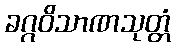
ခဂ္ဂဝိသာဏသုတ္တံ